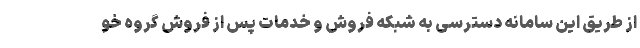
از طریق این سامانه دسترسی به شبكه فروش و خدمات پس از فروش گروه خو